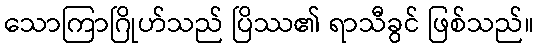
သောကြာဂြိုဟ်သည် ပြိဿ၏ ရာသီခွင် ဖြစ်သည်။